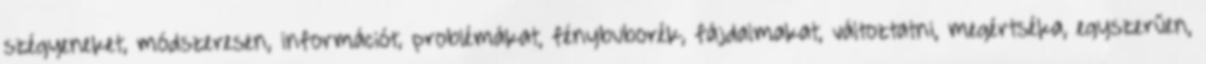
szégyeneket, módszeresen, információt, problémákat, fénybuborék, fájdalmakat, változtatni, megértséka, egyszerűen,